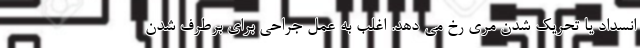
انسداد یا تحریک شدن مری رخ می دهد. اغلب به عمل جراحی برای برطرف شدن